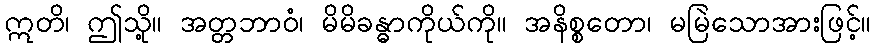
ဣတိ၊ ဤသို့။ အတ္တဘာဝံ၊ မိမိခန္ဓာကိုယ်ကို။ အနိစ္စတော၊ မမြဲသောအားဖြင့်။